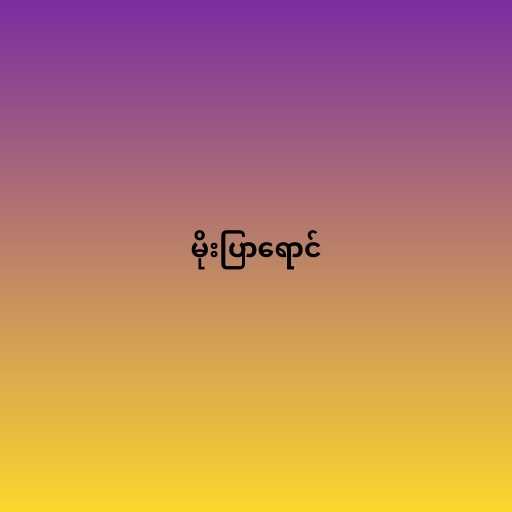
မိုးပြာရောင်